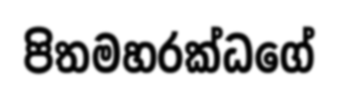
පිතමහරක්ධගේ